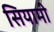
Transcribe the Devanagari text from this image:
सियामी